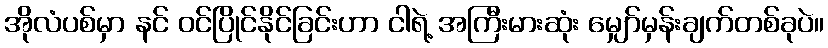
အိုလံပစ်မှာ နင် ဝင်ပြိုင်နိုင်ခြင်းဟာ ငါရဲ့ အကြီးမားဆုံး မျှော်မှန်းချက်တစ်ခုပဲ။